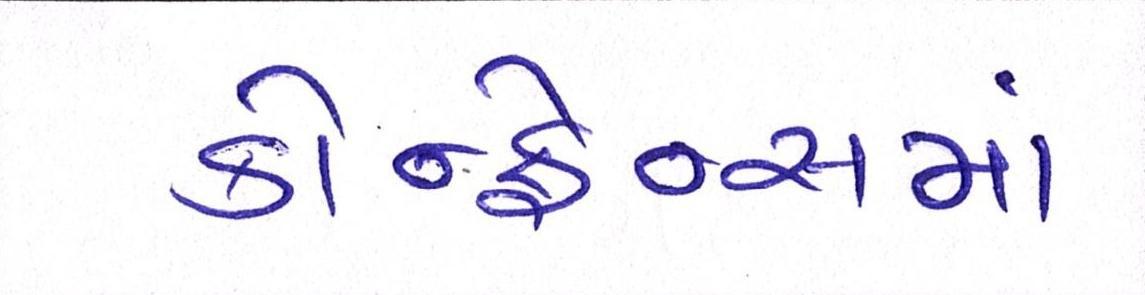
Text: કોન્ફ્રેન્સમાં